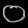
Digit: ၀